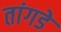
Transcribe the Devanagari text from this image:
तांगडे